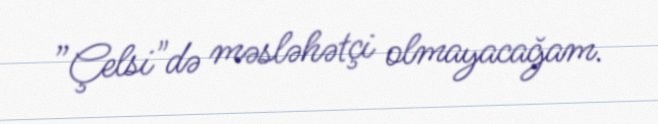
”Çelsi"də məsləhətçi olmayacağam.